Scottish Leaving Certificate Examination, 1960
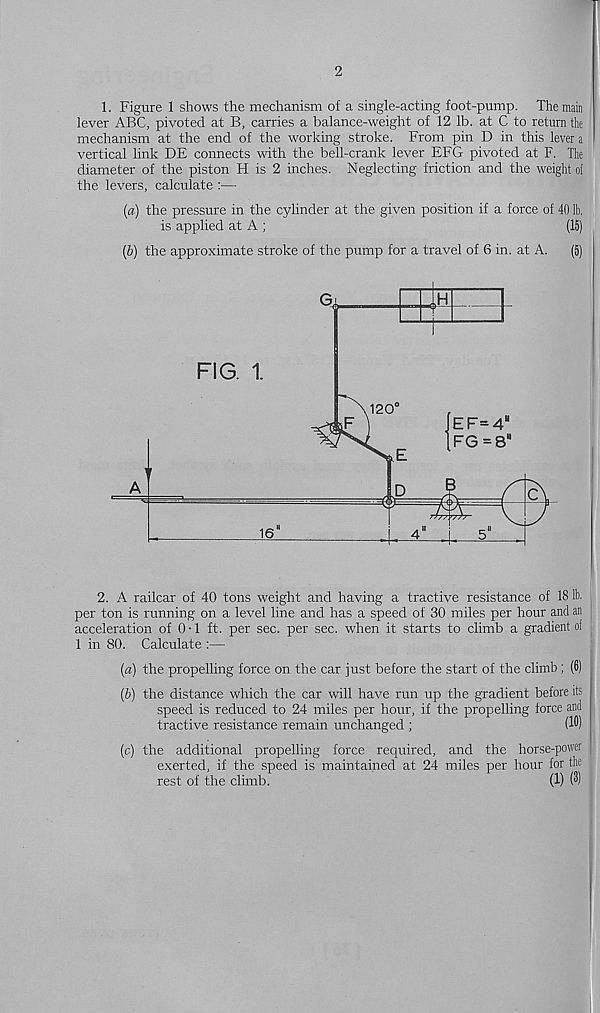
2
1. Figure 1 shows the mechanism of a single-acting foot-pump. The main
lever ABC, pivoted at B, carries a balance-weight of 12 lb. at C to return the
mechanism at the end of the working stroke. From pin D in this lever a
vertical link DE connects with the bell-crank lever EFG pivoted at F. The
diameter of the piston H is 2 inches. Neglecting friction and the weight oi
the levers, calculate :—
(a) the pressure in the cylinder at the given position if a force of 40 lb.
is applied at A ;
(15)
(b) the approximate stroke of the pump for a travel of 6 in. at A.
(5)
2. A railcar of 40 tons weight and having a tractive resistance of 18 lb.
per ton is running on a level line and has a speed of 30 miles per hour and an
acceleration of 0 • 1 ft. per sec. per sec. when it starts to climb a gradient of
1 in 80. Calculate :—
(a) the propelling force on the car just before the start of the climb ; (6)
(b) the distance which the car will have run up the gradient before its
speed is reduced to 24 miles per hour, if the propelling force and
tractive resistance remain unchanged ;
(1®)
(c) the additional propelling force required, and the horse-power
exerted, if the speed is maintained at 24 miles per hour for the
rest of the climb.
(1) (3)